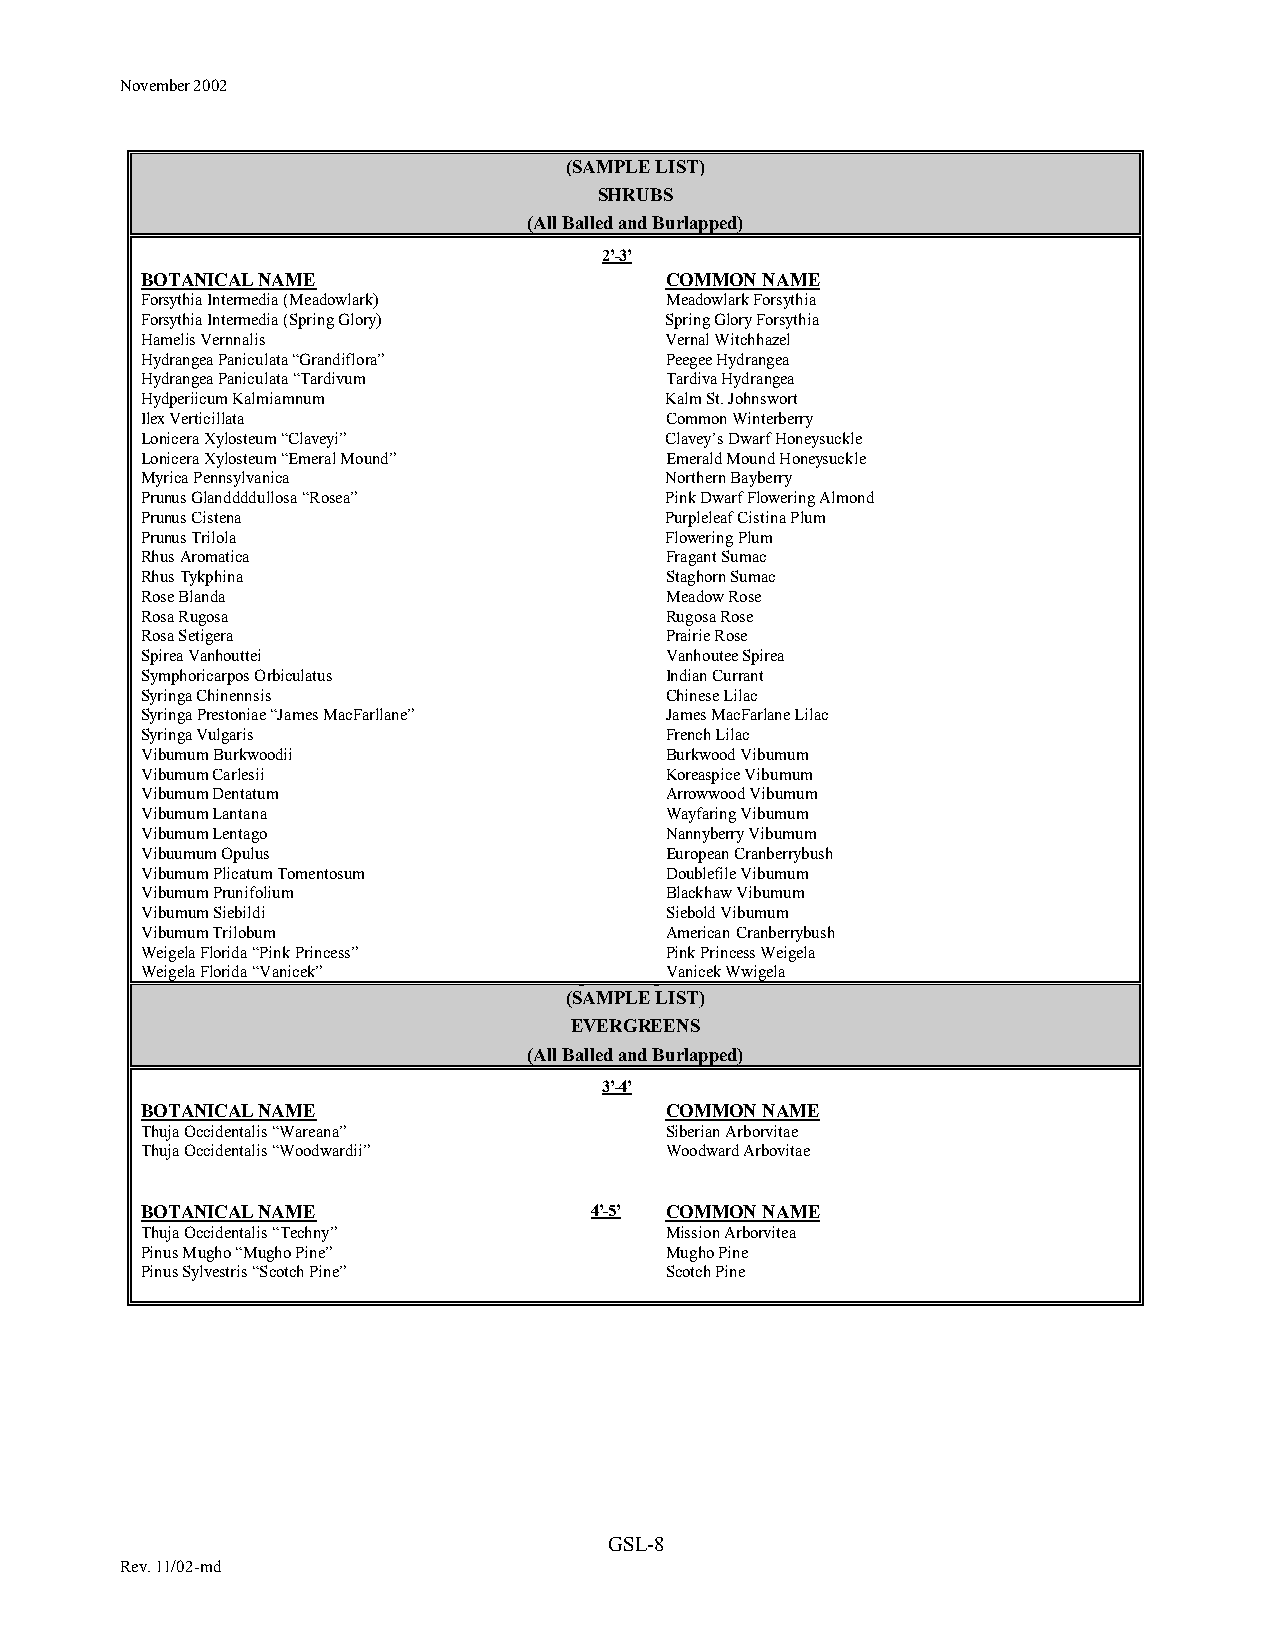
November 2002
 (SAMPLE LIST)
 SHRUBS
 (All Balled and Burlapped)
 2’-3’
 BOTANICAL NAME                     COMMON NAME
 Forsythia Intermedia (Meadowlark)  Meadowlark Forsythia
 Forsythia Intermedia (Spring Glory) Spring Glory Forsythia
 Hamelis Vernnalis                  Vernal Witchhazel
 Hydrangea Paniculata “Grandiflora” Peegee Hydrangea
 Hydrangea Paniculata “Tardivum     Tardiva Hydrangea
 Hydperiicum Kalmiamnum             Kalm St. Johnswort
 Ilex Verticillata                  Common Winterberry
 Lonicera Xylosteum “Claveyi”       Clavey’s Dwarf Honeysuckle
 Lonicera Xylosteum “Emeral Mound”  Emerald Mound Honeysuckle
 Myrica Pennsylvanica               Northern Bayberry
 Prunus Glanddddullosa “Rosea”      Pink Dwarf Flowering Almond
 Prunus Cistena                     Purpleleaf Cistina Plum
 Prunus Trilola                     Flowering Plum
 Rhus Aromatica                     Fragant Sumac
 Rhus Tykphina                      Staghorn Sumac
 Rose Blanda                        Meadow Rose
 Rosa Rugosa                        Rugosa Rose
 Rosa Setigera                      Prairie Rose
 Spirea Vanhouttei                  Vanhoutee Spirea
 Symphoricarpos Orbiculatus         Indian Currant
 Syringa Chinennsis                 Chinese Lilac
 Syringa Prestoniae “James MacFarllane” James MacFarlane Lilac
 Syringa Vulgaris                   French Lilac
 Vibumum Burkwoodii                 Burkwood Vibumum
 Vibumum Carlesii                   Koreaspice Vibumum
 Vibumum Dentatum                   Arrowwood Vibumum
 Vibumum Lantana                    Wayfaring Vibumum
 Vibumum Lentago                    Nannyberry Vibumum
 Vibuumum Opulus                    European Cranberrybush
 Vibumum Plicatum Tomentosum        Doublefile Vibumum
 Vibumum Prunifolium                Blackhaw Vibumum
 Vibumum Siebildi                   Siebold Vibumum
 Vibumum Trilobum                   American Cranberrybush
 Weigela Florida “Pink Princess”    Pink Princess Weigela
 Weigela Florida “Vanicek”          Vanicek Wwigela
 (SAMPLE LIST)
 EVERGREENS
 (All Balled and Burlapped)
 3’-4’
 BOTANICAL NAME                     COMMON NAME
 Thuja Occidentalis “Wareana”       Siberian Arborvitae
 Thuja Occidentalis “Woodwardii”    Woodward Arbovitae
 BOTANICAL NAME                4’-5’ COMMON NAME
 Thuja Occidentalis “Techny”        Mission Arborvitea
 Pinus Mugho “Mugho Pine”           Mugho Pine
 Pinus Sylvestris “Scotch Pine”     Scotch Pine
 GSL-8
 Rev. 11/02-md